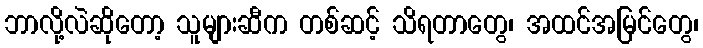
ဘာလို့လဲဆိုတော့ သူများဆီက တစ်ဆင့် သိရတာတွေ၊ အထင်အမြင်တွေ၊